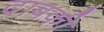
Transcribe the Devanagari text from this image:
दाबकी